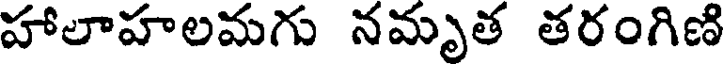
హాలాహలమగు నమృత తరంగిణి